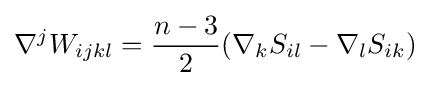
\nabla ^{j}W_{ijkl}={\frac {n-3}{2}}(\nabla _{k}S_{il}-\nabla _{l}S_{ik})